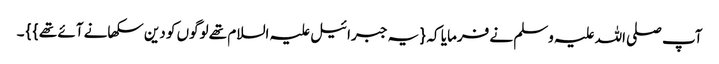
آپ صلی اللہ علیہ وسلم نے فرمایا کہ { یہ جبرائیل علیہ السلام تھے لوگوں کو دین سکھانے آئے تھے } } ۔